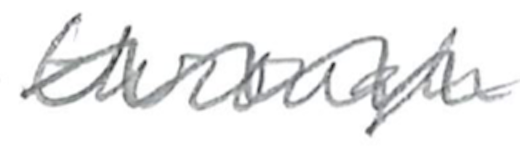
Text: through
Cross-out: mix
Writing tool: pencil